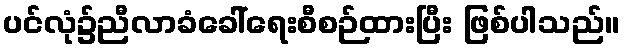
ပင်လုံ၌ညီလာခံခေါ်ရေးစီစဉ်ထားပြီး ဖြစ်ပါသည်။